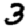
Digit: 3